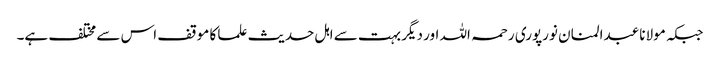
جبکہ مولانا عبدالمنان نورپوری رحمہ اللہ اور دیگر بہت سے اہل حدیث علما کا موقف اس سے مختلف ہے۔